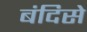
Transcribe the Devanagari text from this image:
बंदिसे